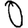
Digit: 0